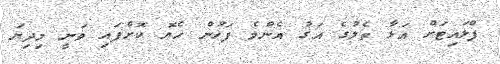
ފްލައިޓަށް އަޅާ ތެލުގެ އަގު އެންމެ ފަހުން ހެޔޮ ކޮށްފައި ވަނީ މިދިޔަ